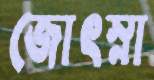
জোৎস্না